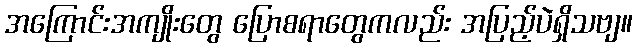
အကြောင်းအကျိုးတွေ ပြောစရာတွေကလည်း အပြည့်ပဲရှိသဗျ။